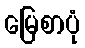
မြေစာပုံ